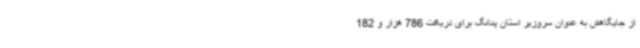
از جایگاهش به عنوان سروزیر استان پنانگ برای دریافت 786 هزار و 182